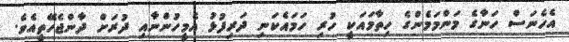
އެހެނަސް ހަނާގެ މަންމަމެންގެ ހިތާމައަކީ ހުރި ހަމައެކަނި ދަރިފުޅު އެމީހުންނާއި ދުރަށް ދާންޖެހޭތީއެވެ.